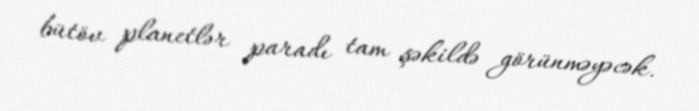
bütöv planetlər paradı tam şəkildə görünməyəcək.